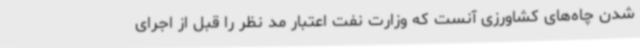
شدن چاه‌های کشاورزی آنست که وزارت نفت اعتبار مد نظر را قبل از اجرای